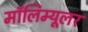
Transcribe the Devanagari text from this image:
मॉलिम्यूलर